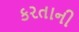
કરતાની